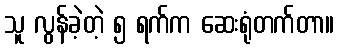
သူ လွန်ခဲ့တဲ့ ၅ ရက်က ဆေးရုံတက်တာ။